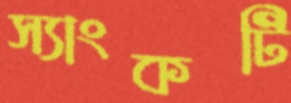
স্যাংকটি